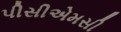
પીસીએમસી